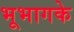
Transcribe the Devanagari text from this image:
भूभागके